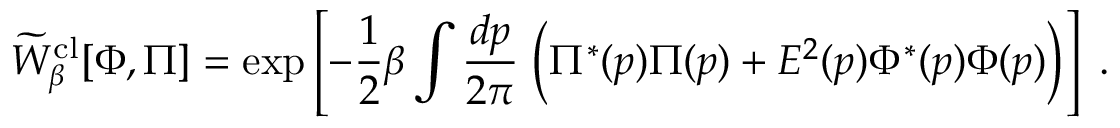
\widetilde W _ { \beta } ^ { \mathrm { c l } } [ \Phi , \Pi ] = \mathrm { e x p } \left[ - { \frac { 1 } { 2 } } \beta \int { \frac { d p } { 2 \pi } } \; \Bigl ( \Pi ^ { * } ( p ) \Pi ( p ) + E ^ { 2 } ( p ) \Phi ^ { * } ( p ) \Phi ( p ) \Bigr ) \right] \; .